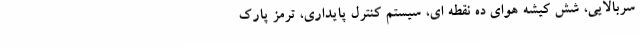
سربالایی، شش کیشه هوای ده نقطه ای، سیستم کنترل پایداری، ترمز پارک